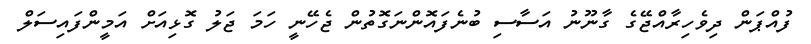
ފުއްޕަން ދިވެހިރާއްޖޭގެ ގާނޫނު އަސާސި ބުނެފައޮންނަގޮތުން ޖެހޭނީ ހަމަ ޖަލު ގޮޅިއަށް އަމީންފައިސަލް